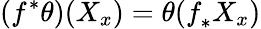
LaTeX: (f^{*}\theta)(X_{x})=\theta(f_{*}^{}X_{x})